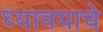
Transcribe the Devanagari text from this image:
ध्यावयाचे